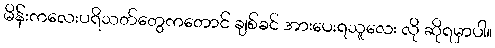
မိန်းကလေးပရိသတ်တွေကတောင် ချစ်ခင် အားပေးရသူလေး လို ဆိုရမှာပါ။